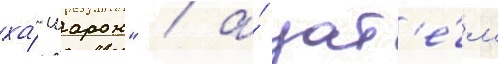
ха́-шарон" / а́ зат'е́м